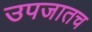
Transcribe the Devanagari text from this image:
उपजातच